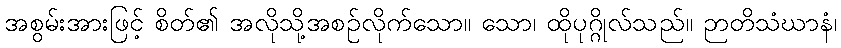
အစွမ်းအားဖြင့် စိတ်၏ အလိုသို့အစဉ်လိုက်သော။ သော၊ ထိုပုဂ္ဂိုလ်သည်။ ဉာတိသံဃာနံ၊